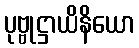
ပုဗ္ဗုဋ္ဌာယိနိယော